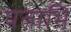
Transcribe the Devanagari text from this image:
पताभि